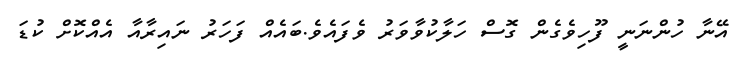
އޭނާ ހުންނަނީ ފޫހިވެގެން ގޮސް ހަލާކުވާވަރު ވެފައެވެ.ބައެއް ފަހަރު ނައިރާއާ އެއްކޮށް ކުޑަ